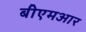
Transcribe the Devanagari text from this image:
बीएमआर